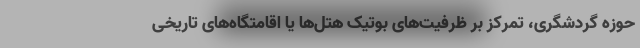
حوزه گردشگری، تمرکز بر ظرفیت‌های بوتیک هتل‌ها یا اقامتگاه‌های تاریخی